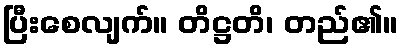
ပြီးစေလျက်။ တိဋ္ဌတိ၊ တည်၏။